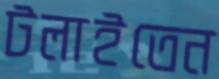
টলাইতেন